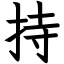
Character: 持